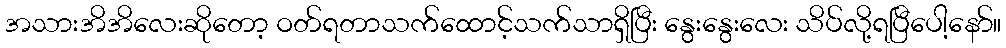
အသားအိအိလေးဆိုတော့ ဝတ်ရတာသက်ထောင့်သက်သာရှိပြီး နွေးနွေးလေး သိပ်လို့ရပြီပေါ့နော်။